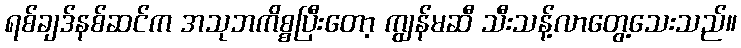
ရစ်ချဒ်နစ်ဆင်က အသုဘကိစ္စပြီးတော့ ကျွန်မဆီ သီးသန့်လာတွေ့သေးသည်။